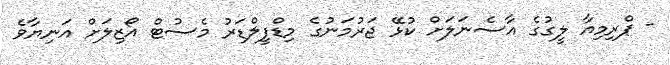
- ޕްރިމިއާ ލީގުގެ އާސެނަލަށް ކުޅޭ ޖަރުމަނުގެ މިޑްފީލްޑަރު މެސުޓް އޯޒިލަށް އަނިޔާވެ